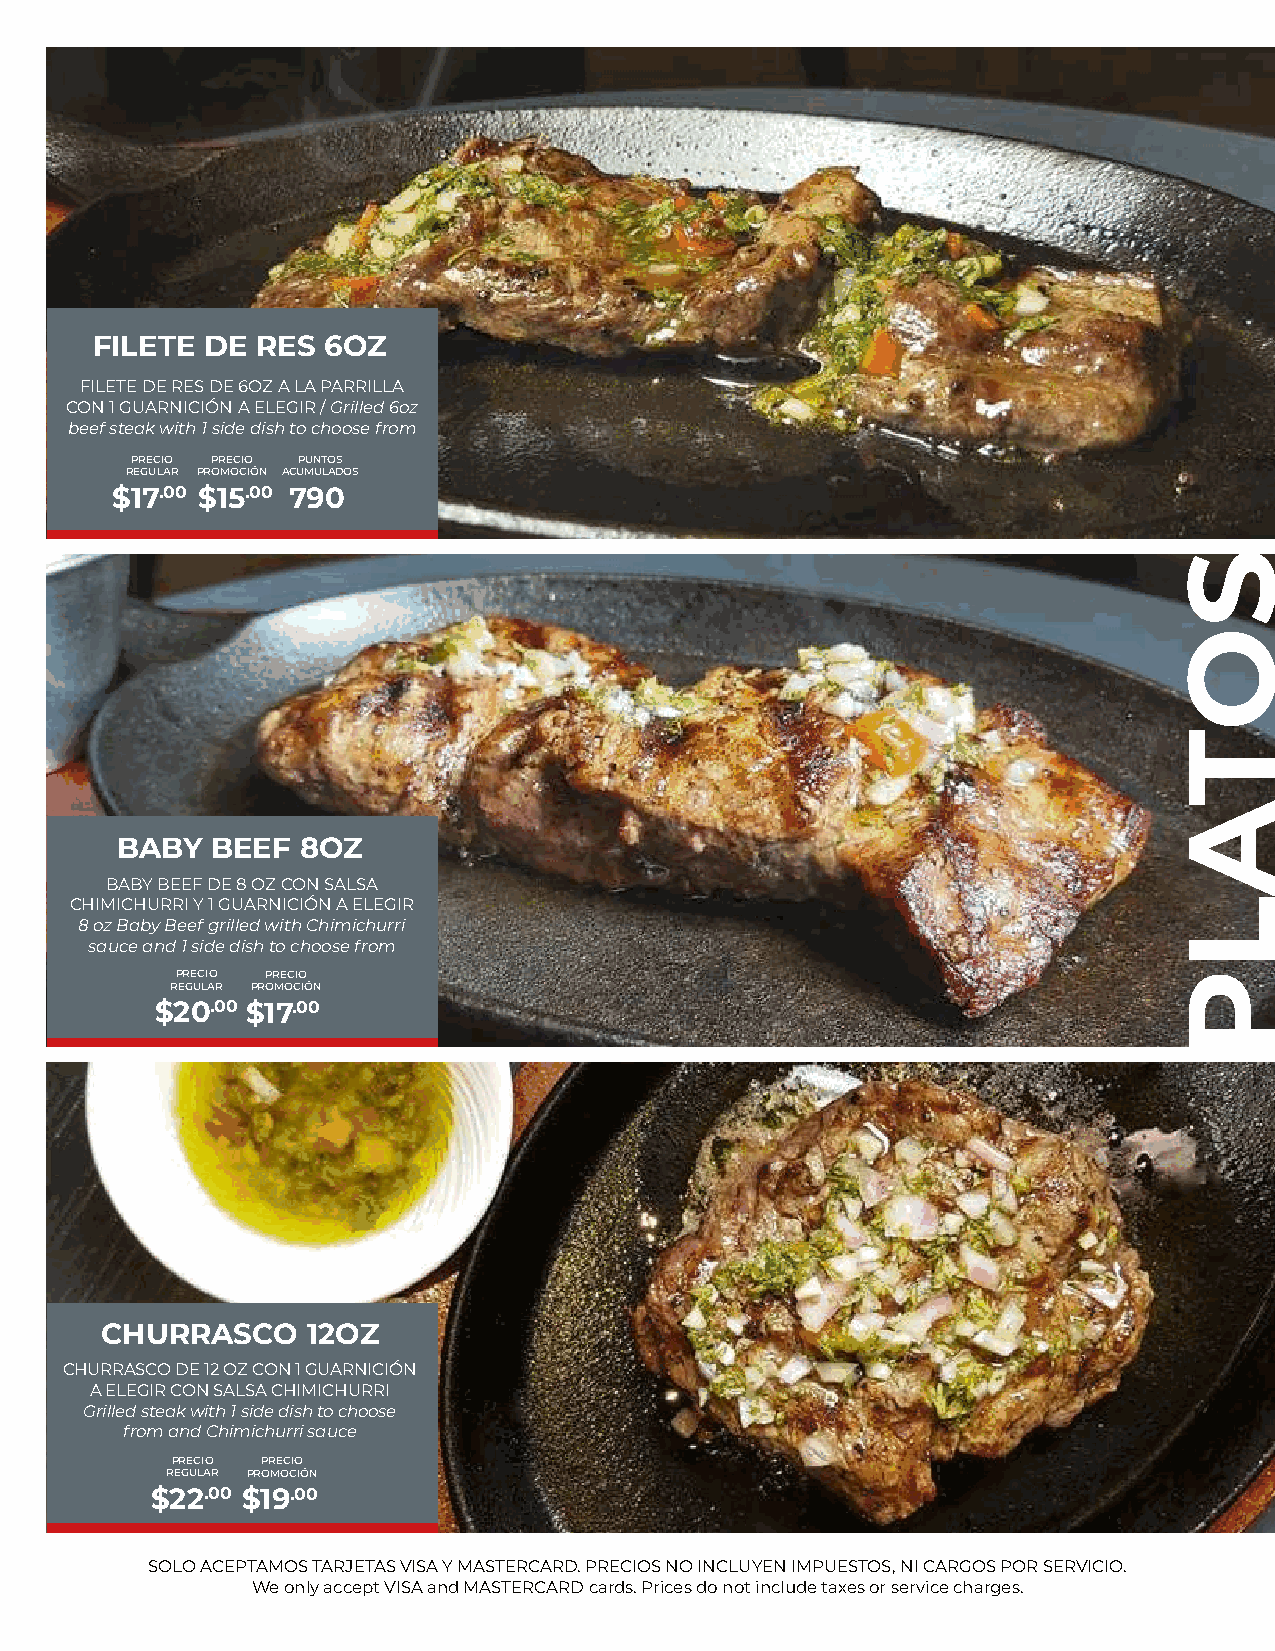
FILETE  DE RES 6OZ
 FILETE DE RES DE 6OZ A LA PARRILLA
 CON 1 GUARNICIÓN A ELEGIR / Grilled 6oz
 beef steak with 1 side dish to choose from
 PRECIO PRECIO PUNTOS
 REGULAR PROMOCIÓN ACUMULADOS
 $17.00 $15.00 790
 BABY  BEEF  8OZ
 BABY BEEF DE 8 OZ CON SALSA
 CHIMICHURRI Y 1 GUARNICIÓN A ELEGIR
 8 oz Baby Beef grilled with Chimichurri
 sauce and 1 side dish to choose from
 PRECIO PRECIO
 REGULAR PROMOCIÓN
 $20.00 $17.00
 CHURRASCO    12OZ
 CHURRASCO DE 12 OZ CON 1 GUARNICIÓN
 A ELEGIR CON SALSA CHIMICHURRI
 Grilled steak with 1 side dish to choose
 from and Chimichurri sauce
 PRECIO PRECIO
 REGULAR PROMOCIÓN
 $22.00 $19.00
 SOLO ACEPTAMOS TARJETAS VISA Y MASTERCARD. PRECIOS NO INCLUYEN IMPUESTOS, NI CARGOS POR SERVICIO.
 We only accept VISA and MASTERCARD cards. Prices do not include taxes or service charges.
 SOTALP
 SELAPICNIRP